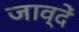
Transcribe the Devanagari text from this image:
जाव्दें